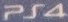
PS4